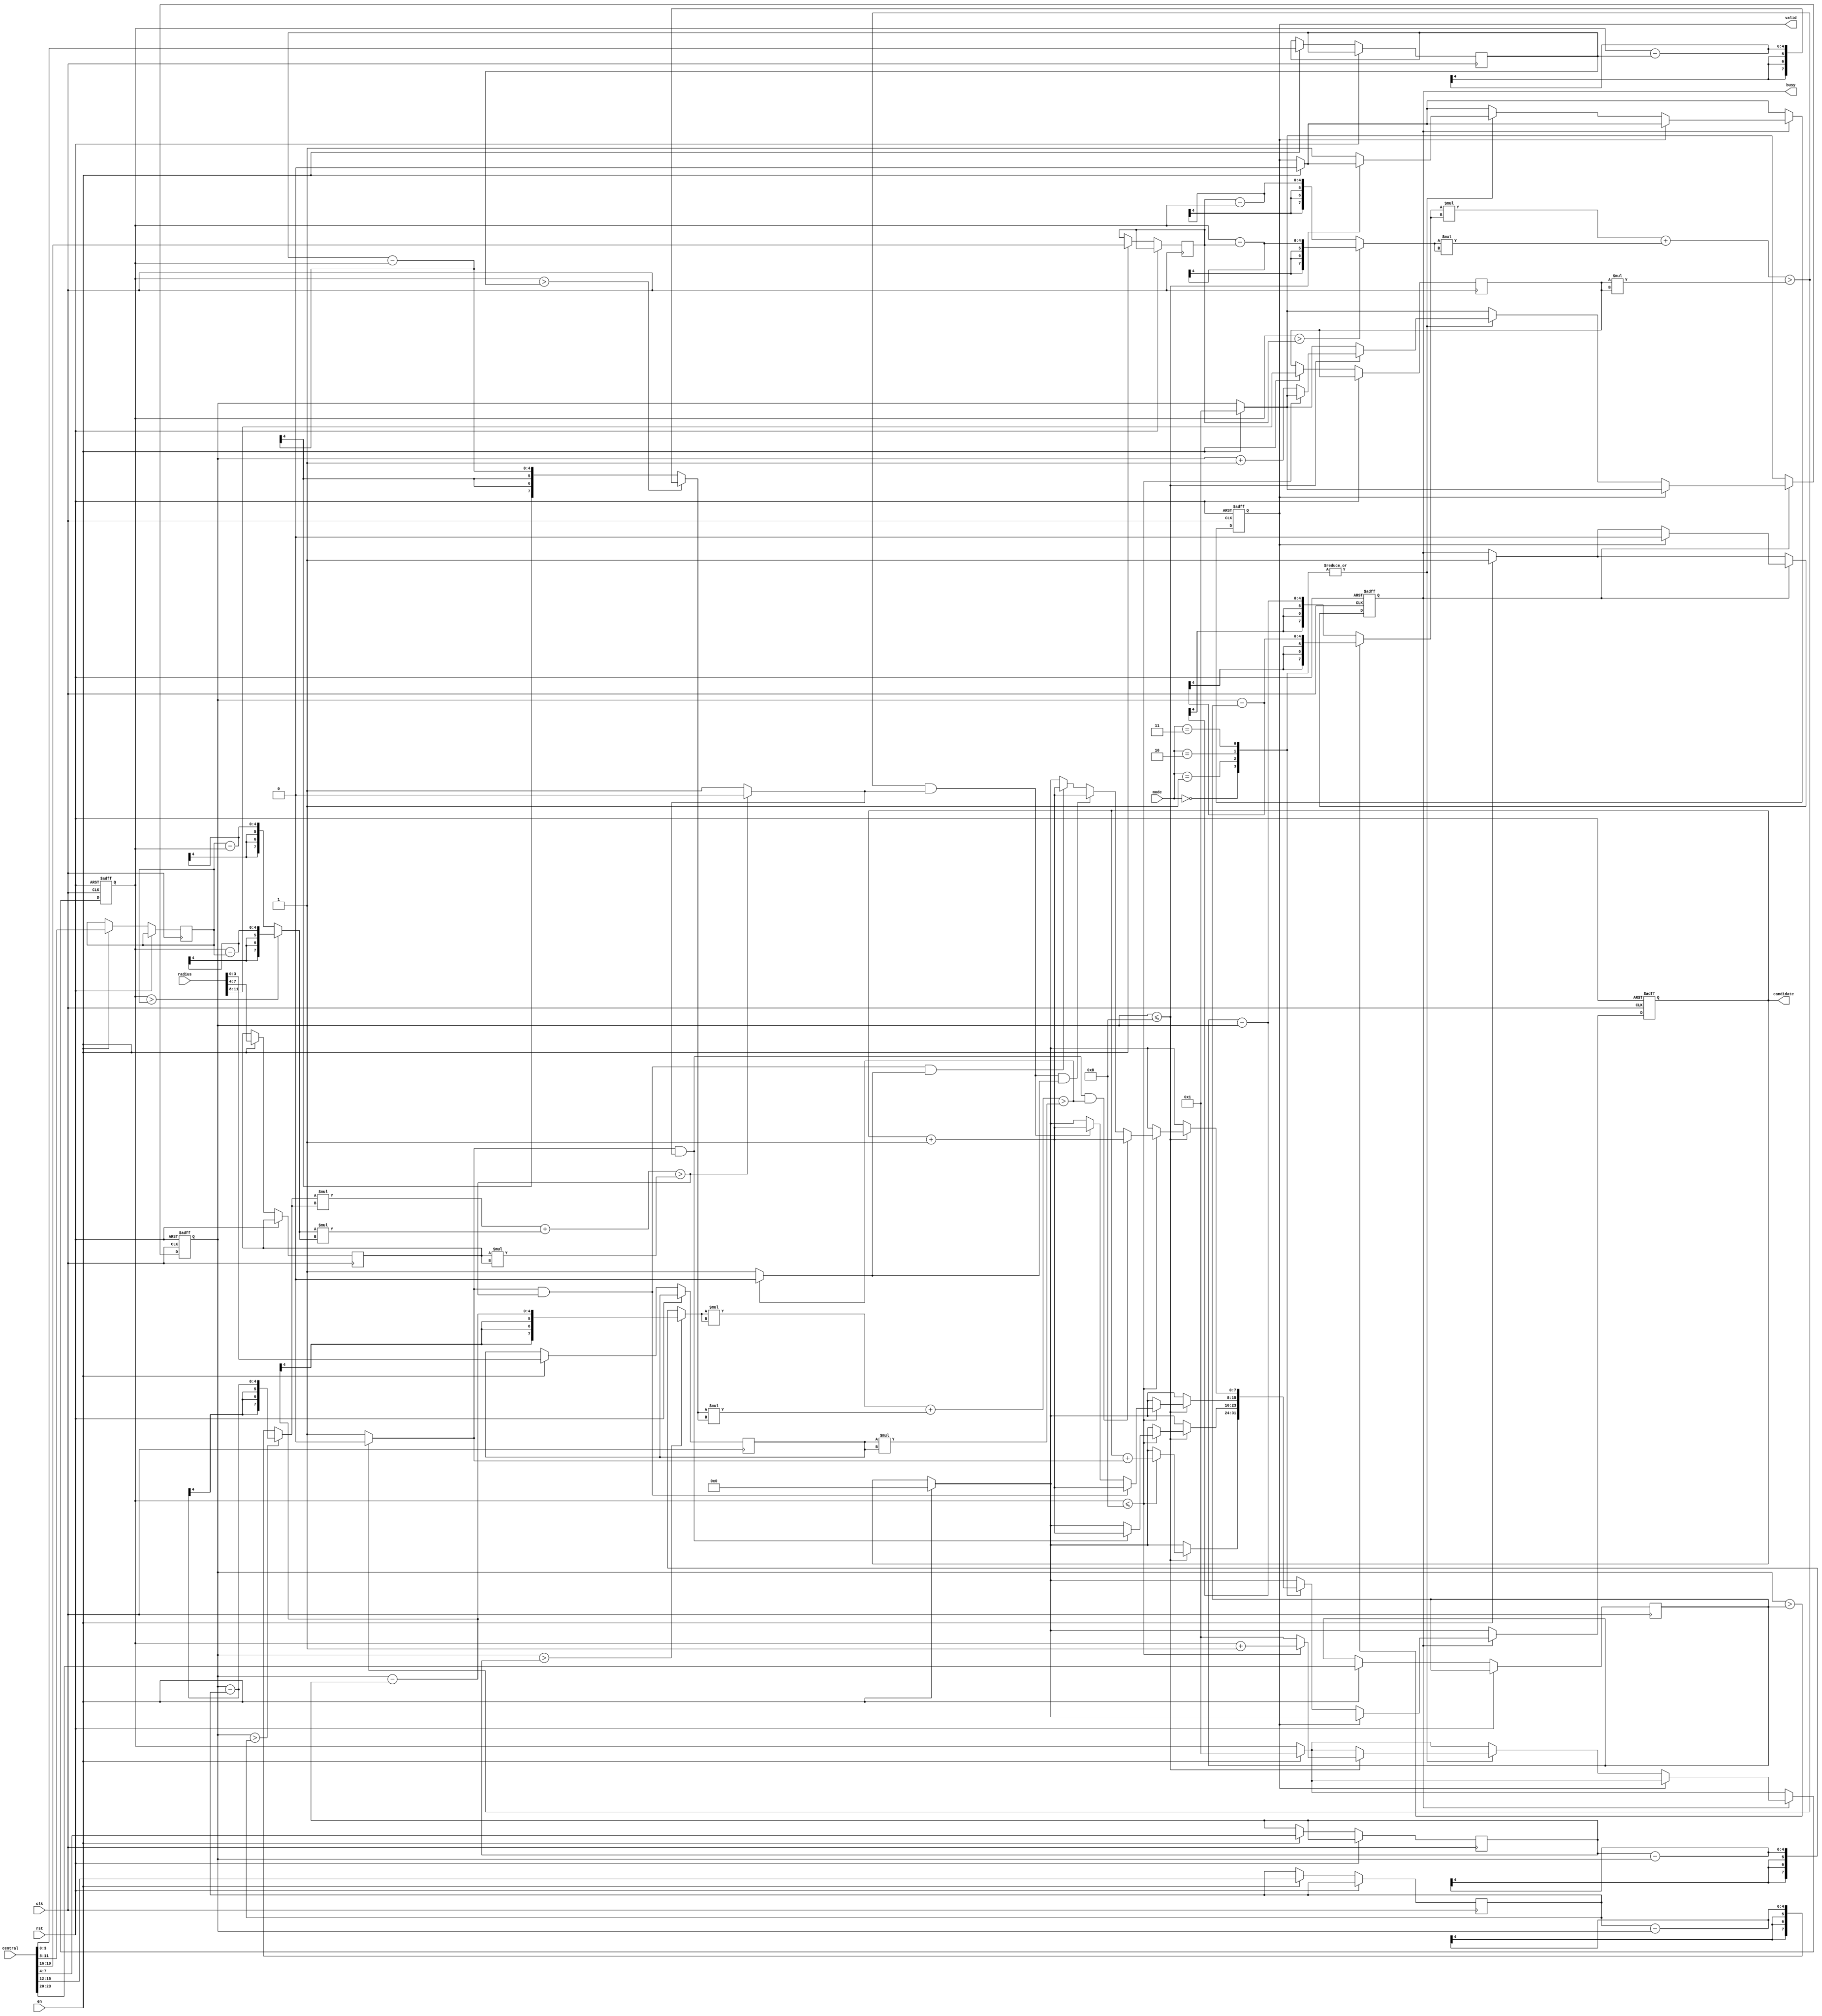
`define abs(a,b) ((a>b)? a-b : b-a )    //if a>b -> distance = a-b
module SET ( clk , rst, en, central, radius, mode, busy, valid, candidate );

    input clk, rst;
    input en;
    input [23:0] central;
    input [11:0] radius;
    input [1:0] mode;
    output reg busy;
    output reg valid;
    output reg [7:0] candidate;
    wire [7:0] circle1,circle2,circle3;
    wire [7:0] Rsquare1,Rsquare2,Rsquare3;
    wire cnt1,cnt2,cnt3;
    reg [3:0] x [3:1];
    reg [3:0] y [3:1];
    reg [3:0] r [3:1];
    reg [3:0] cur_x,cur_y;
    
    //data flow description
    assign circle1 = ( `abs(cur_x,x[1]) * `abs(cur_x,x[1]) ) + ( `abs(cur_y,y[1]) * `abs(cur_y,y[1]) );
    assign circle2 = ( `abs(cur_x,x[2]) * `abs(cur_x,x[2]) ) + ( `abs(cur_y,y[2]) * `abs(cur_y,y[2]) );
    assign circle3 = ( `abs(cur_x,x[3]) * `abs(cur_x,x[3]) ) + ( `abs(cur_y,y[3]) * `abs(cur_y,y[3]) );
    assign Rsquare1 = r[1] * r[1];  //rsquare
    assign Rsquare2 = r[2] * r[2];
    assign Rsquare3 = r[3] * r[3];
    assign cnt1 = ( circle1 > Rsquare1 ) ? 1'b0 : 1'b1 ;    //if circle1(x^2 + y^2) > r^2 -> cnt1 = 1
    assign cnt2 = ( circle2 > Rsquare2 ) ? 1'b0 : 1'b1 ;
    assign cnt3 = ( circle3 > Rsquare3 ) ? 1'b0 : 1'b1 ;

    always@(posedge clk or posedge rst)begin
        if(rst)begin
            busy <= 1'b0;
            valid <= 1'b0;
            candidate <= 8'd0;
            cur_x <= 4'd0;
            cur_y <= 4'd0;
        end
        
        else begin
            if (en)begin
                busy <= 1'b1;
                valid <= 1'b0;
                candidate <= 8'd0;
                x[1] <= central[23:20];
                x[2] <= central[15:12];
                x[3] <= central[7:4];
                y[1] <= central[19:16];
                y[2] <= central[11:8];
                y[3] <= central[3:0];
                r[1] <= radius[11:8];
                r[2] <= radius[7:4];
                r[3] <= radius[3:0];
                cur_x <= 4'd1;
                cur_y <= 4'd1;
            end
        
            if (busy)begin
                if (valid)
                    busy <= 1'b0;
                else begin
                    case(mode)
                        2'd0:begin
                            if(cur_x <= 8)begin
                                if(cur_y <= 8)begin
                                    candidate <= candidate + cnt1;
                                    cur_y <= cur_y + 1;
                                end
                                else begin
                                    cur_x <= cur_x+1;
                                    cur_y <= 4'd1;
                                end
                            end
                            else begin
                                valid <= 1'b1;
                            end
                        end
                
                        2'd1:begin
                            if( cur_x <= 8 )begin
                                if(cur_y <= 8)begin
                                    if(cnt1 == 1 && cnt2 == 1)begin
                                        candidate <= candidate + 1;
                                    end
                                    else;
                                    cur_y <= cur_y+1;
                                end
                                else begin
                                    cur_x <= cur_x+1;
                                    cur_y <= 4'd1;
                                end
                            end
                            else begin
                                valid <= 1'b1;
                            end
                        end
                        
                        2'd2:begin
                            if(cur_x <= 8)begin
                                if(cur_y <= 8)begin
                                    if(cnt1 == 1 && cnt2 == 0)begin
                                        candidate <= candidate + 1;
                                    end
                                    else if(cnt1 == 0 && cnt2 == 1)begin
                                        candidate <= candidate + 1;
                                    end
                                    else;
                                    cur_y <= cur_y + 1;
                                end
                                else begin
                                    cur_x <= cur_x + 1;
                                    cur_y <= 4'd1;
                                end
                            end
                            else begin
                                valid <= 1'b1;
                            end
                        end
                        
                        2'd3:begin
                            if(cur_x <= 8)begin
                                if(cur_y <= 8)begin
                                    if(cnt1 == 1 && cnt2 == 1 && cnt3 == 0)begin
                                        candidate <= candidate + 1;
                                    end
                                    else if(cnt1 == 0 && cnt2 == 1 && cnt3 == 1)begin
                                        candidate <= candidate + 1;
                                    end
                                    else if(cnt1 == 1 && cnt2 == 0 && cnt3 == 1)begin
                                        candidate <= candidate + 1;
                                    end 
                                    else;
                                    cur_y <= cur_y+1;
                                end
                                else begin
                                    cur_x <= cur_x+1;
                                    cur_y <= 4'd1;
                                end
                            end
                
                            else begin
                                valid <= 1'b1;
                            end
                        end
                    endcase
                end
            end
        end
    end
endmodule